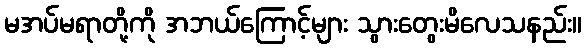
မအပ်မရာတို့ကို အဘယ်ကြောင့်များ သွားတွေးမိလေသနည်း။